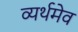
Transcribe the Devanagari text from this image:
व्यर्थमेव